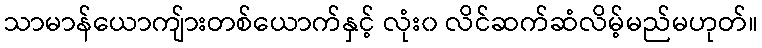
သာမာန်ယောကျ်ားတစ်ယောက်နှင့် လုံး၀ လိင်ဆက်ဆံလိမ့်မည်မဟုတ်။